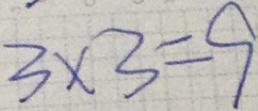
3 \times 3 = 9